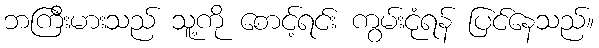
ဘကြီးမားသည် သူ့ကို စောင့်ရင်း ကွမ်းငုံရန် ပြင်နေသည်။